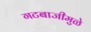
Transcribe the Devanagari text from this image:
गटबाजीमुळे